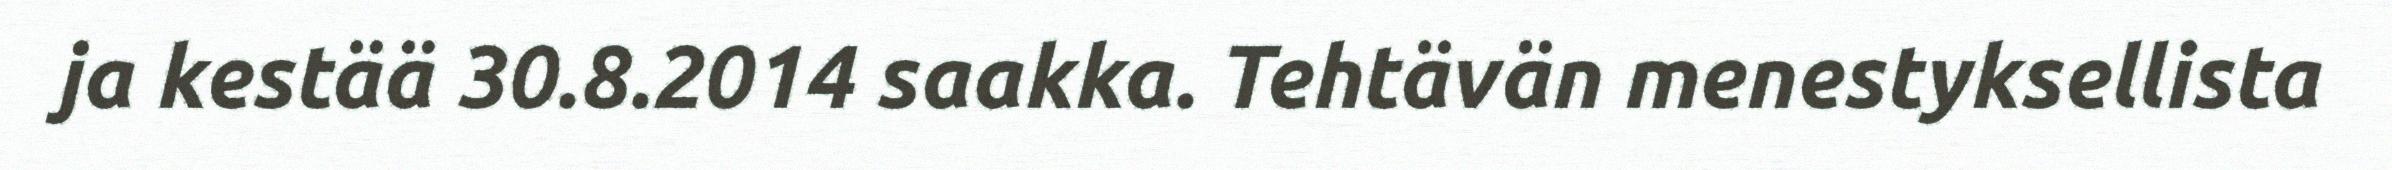
ja kestää 30.8.2014 saakka. Tehtävän menestyksellista